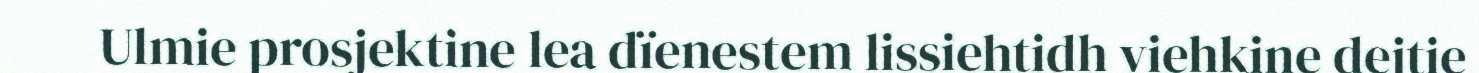
Ulmie prosjektine lea dïenestem lissiehtidh viehkine dejtie